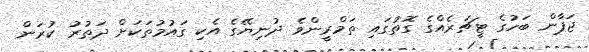
ޖަޕާން ބަހުގެ ޓީޗަރެއްގެ ގޮތުގައި ތަމްރީންވެ ދުނިޔޭގެ އެކި ގައުމުތަކަށް ދަތުރު ކުރަން